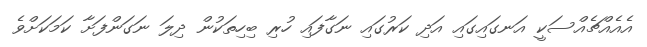
އެއެއްޗެއްސަކީ އަނގައިގައި އަދި ކަރުގައި ނަގާފައި ހުރި ބިހިތަކުން ދިލަ ނަގަންފަށާ ކަމަކަށްވެ